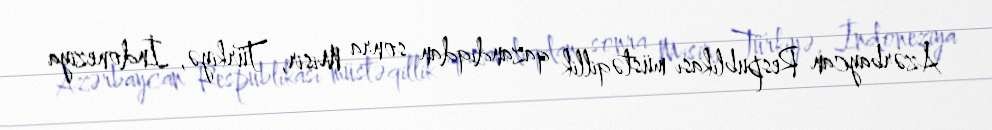
Azərbaycan Respublikası müstəqillik qazandıqdan sonra Misir, Türkiyə, İndoneziya